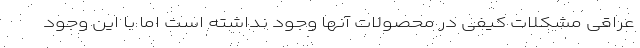
عراقی مشکلات کیفی در محصولات آنها وجود نداشته است اما با این وجود